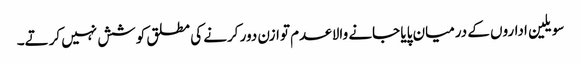
سویلین اداروں کے درمیان پایا جانے والا عدم توازن دور کرنے کی مطلق کوشش نہیں کرتے۔